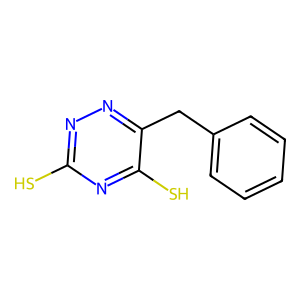
SMILES: Sc1nnc(Cc2ccccc2)c(S)n1
Inhibits HIV replication: No